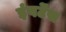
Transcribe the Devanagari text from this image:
इंवर्टेंस